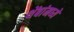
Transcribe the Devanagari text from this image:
थेंबांमध्ये